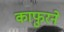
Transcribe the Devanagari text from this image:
काफुरने